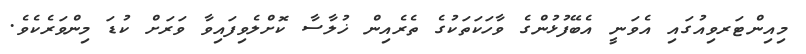
މިއިންޓަރވިއުގައި އެވަނީ އެބޭފުޅުންގެ ވާހަކަތަކުގެ ތެރެއިން ޚުލާސާ ކޮށްލެވިފައިވާ ވަރަށް ކުޑަ މިންވަރެކެވެ.